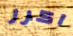
اكرر